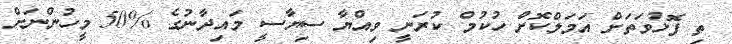
ތި ފޮޅުވަތަށް އަމަލްކޮށް ހުކުމް ކުރަނީ ވިއްޔާ ސިޔާސީ މައިދާނުގެ %50 މީހުންނަށް